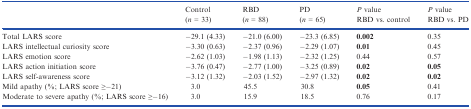
|  | Control (n = 33) | RBD (n = 88) | PD (n = 65) | P value RBD vs. control | P value RBD vs. PD |
 | --- | --- | --- | --- | --- | --- |
 | Total LARS score | −29.1 (4.33) | −21.0 (6.00) | −23.3 (6.85) | 0.002 | 0.35 |
 | LARS intellectual curiosity score | −3.30 (0.63) | −2.37 (0.96) | −2.29 (1.07) | 0.01 | 0.45 |
 | LARS emotion score | −2.62 (1.03) | −1.98 (1.13) | −2.32 (1.25) | 0.44 | 0.57 |
 | LARS action initiation score | −3.76 (0.47) | −2.77 (1.00) | −3.25 (0.89) | 0.02 | 0.05 |
 | LARS self‐awareness score | −3.12 (1.32) | −2.03 (1.52) | −2.97 (1.32) | 0.02 | 0.02 |
 | Mild apathy (%; LARS score ≥−21) | 3.0 | 45.5 | 30.8 | 0.05 | 0.41 |
 | Moderate to severe apathy (%; LARS score ≥−16) | 3.0 | 15.9 | 18.5 | 0.76 | 0.17 |